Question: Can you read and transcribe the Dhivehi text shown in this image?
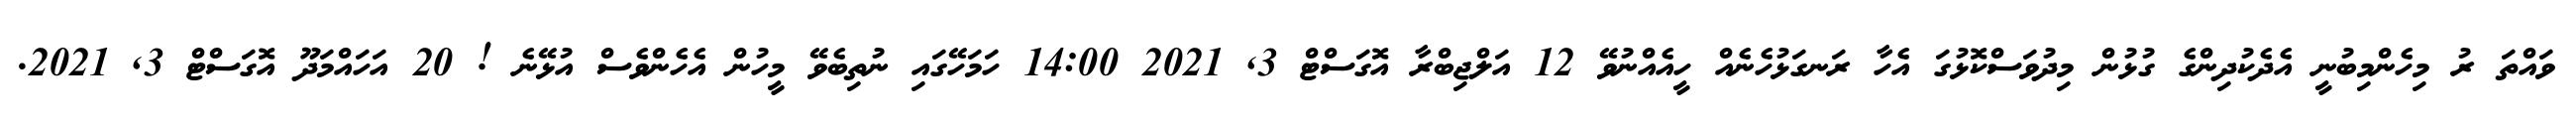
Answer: ވައްތަ ރު މިހެންމިބުނީ އެދެކުދިންގެ ގުޅުން މިދުވަސްކޮޅުގަ އެހާ ރަނގަޅުހެނެއް ހީއެއްނުވޭ 12 އަލްޖިބްރާ އޮގަސްޓް 3, 2021 14:00 ހަމަހޭގައި ނުތިބެވޭ މީހުން އެހެންވެސް އުޅޭނެ ! 20 އަހައްމަދޫ އޮގަސްޓް 3, 2021.